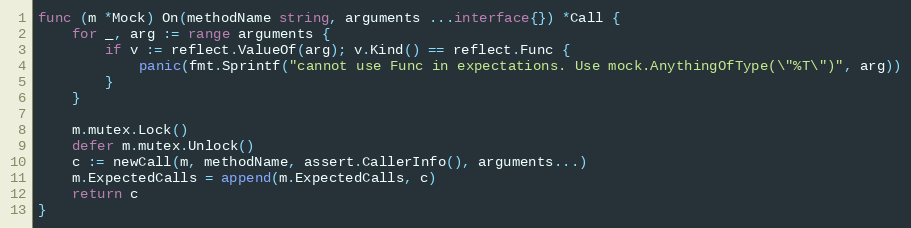
Language: Go
func (m *Mock) On(methodName string, arguments ...interface{}) *Call {
	for _, arg := range arguments {
		if v := reflect.ValueOf(arg); v.Kind() == reflect.Func {
			panic(fmt.Sprintf("cannot use Func in expectations. Use mock.AnythingOfType(\"%T\")", arg))
		}
	}

	m.mutex.Lock()
	defer m.mutex.Unlock()
	c := newCall(m, methodName, assert.CallerInfo(), arguments...)
	m.ExpectedCalls = append(m.ExpectedCalls, c)
	return c
}